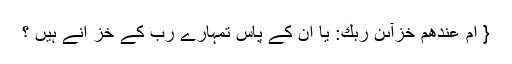
{ اَمْ عِنْدَهُمْ خَزَآىٕنُ رَبِّكَ: یا ان کے پاس تمہارے رب کے خز انے ہیں ؟